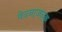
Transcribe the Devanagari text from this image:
वेदनाजनक